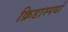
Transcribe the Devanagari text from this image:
क्रिडास्पर्धा